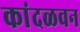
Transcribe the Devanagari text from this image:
कांदळवन